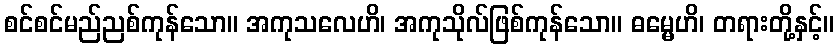
စင်စင်မည်ညစ်ကုန်သော။ အကုသလေဟိ၊ အကုသိုလ်ဖြစ်ကုန်သော။ ဓမ္မေဟိ၊ တရားတို့နှင့်။